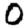
Digit: 0